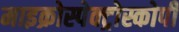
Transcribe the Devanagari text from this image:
माइक्रोस्पेक्ट्रोस्कोपी